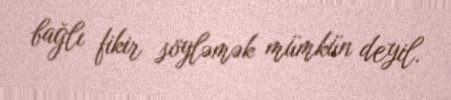
bağlı fikir söyləmək mümkün deyil.